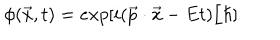
LaTeX: \phi ( \vec { x } , t ) = e x p [ i ( \vec { p } \cdot \vec { x } - E t ) / \hbar ]